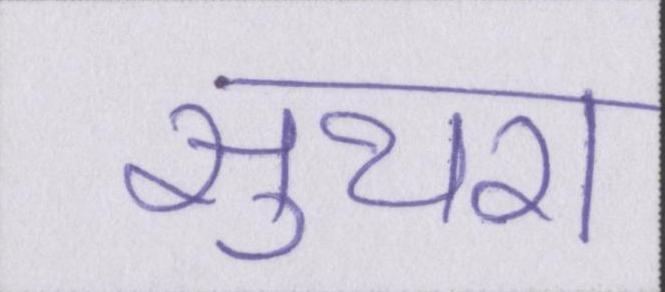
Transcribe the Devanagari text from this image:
सुथरा